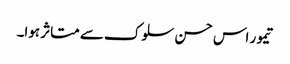
تیمور اس حسن سلوک سے متاثر ہوا۔